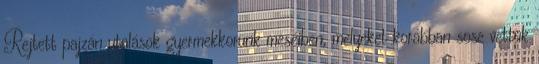
Rejtett pajzán utalások gyermekkorunk meséiben, melyeket korábban sose vettük